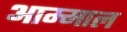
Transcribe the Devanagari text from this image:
आम्माल